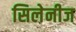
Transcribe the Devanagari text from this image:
सिलेनीज